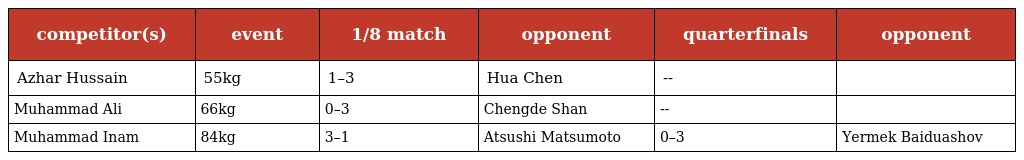
| competitor(s) | event | 1/8 match | opponent | quarterfinals | opponent |
 | --- | --- | --- | --- | --- | --- |
 | Azhar Hussain | 55kg | 1–3 | Hua Chen | -- |  |
 | Muhammad Ali | 66kg | 0–3 | Chengde Shan | -- |  |
 | Muhammad Inam | 84kg | 3–1 | Atsushi Matsumoto | 0–3 | Yermek Baiduashov |